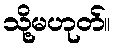
သို့မဟုတ်။